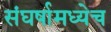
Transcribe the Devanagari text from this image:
संघर्षामध्येच